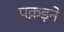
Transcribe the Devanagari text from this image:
पक़ड़ने